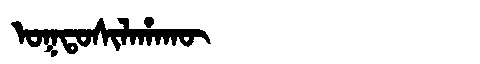
Manchu: ᠣᡴᡨᠣᠰᡳᠯᠠᡥᠠᡴᡡ
Romanization: OKTOSILAHAKŪ